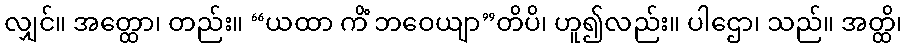
လျှင်။ အတ္ထော၊ တည်း။ “ယထာ ကိံ ဘဝေယျာ”တိပိ၊ ဟူ၍လည်း။ ပါဌော၊ သည်။ အတ္ထိ၊